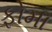
ફોમા